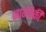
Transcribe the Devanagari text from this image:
जागेपैकी